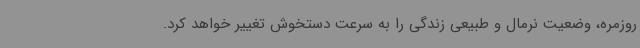
روزمره، وضعیت نرمال و طبیعی زندگی را به سرعت دستخوش تغییر خواهد کرد.